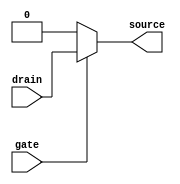
module NMOS (
	input gate,
	input drain,
    output source
);

	assign source = gate ? drain : 0;
	
endmodule